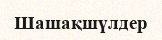
Шашақшүлдер